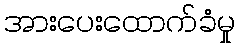
အားပေးထောက်ခံမှု